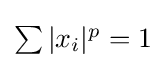
\textstyle \sum |x_{i}|^{p}=1